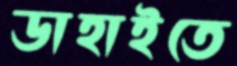
ডাহাইতে